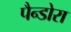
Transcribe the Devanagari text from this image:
पैन्डोरा